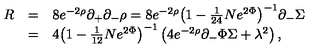
\begin{array} { l l l } { R } & { = } & { 8 e ^ { - 2 \rho } \partial _ { + } \partial _ { - } \rho = 8 e ^ { - 2 \rho } { \left( 1 - { \frac { 1 } { 2 4 } } N e ^ { 2 \Phi } \right) } ^ { - 1 } \partial _ { - } \Sigma } \\ { \ } & { = } & { 4 { \left( 1 - { \frac { 1 } { 1 2 } } N e ^ { 2 \Phi } \right) } ^ { - 1 } \left( 4 e ^ { - 2 \rho } \partial _ { - } \Phi \Sigma + \lambda ^ { 2 } \right) , } \\ \end{array}